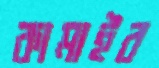
কামাইব